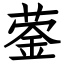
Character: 蓥